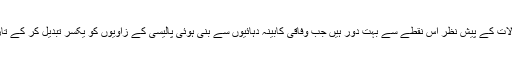
پاکستان اپنے معروضی اور مخصوص جغرافیائی حالات کے پیش نظر اس نقطے سے بہت دور ہیں جب وفاقی کابینہ دہائیوں سے بنی ہوئی پالیسی کے زاویوں کو یکسر تبدیل کر کے تاریخ میں اپنا نام سنہری aحروف میں لکھوا پائے گی۔